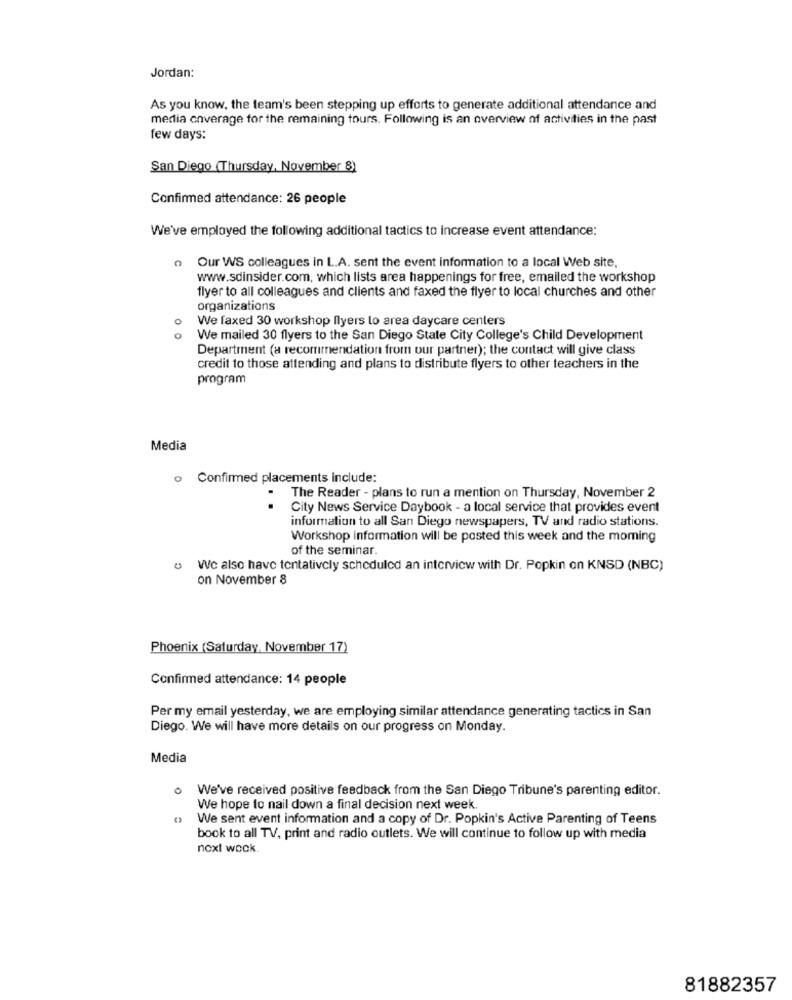
Jordan:
As you know, the team's been stepping up efforts to generate additional attendance and
media coverage for the remaining tours. Following is an overview of activities in the past
few days:
San Diego (Thursday, November 8)
Confirmed attendance: 26 people
We've employed the following additional tactics to increase event attendance:
Our WS colleagues in L.A. sent the event information to a local Web site,
www.sdinsider.com, which lists area happenings for free, emailed the workshop
flyer to all colleagues and clients and faxed the flyer to local churches and other
organizations
We faxed 30 workshop flyers lo area daycare centers
O
0
We mailed 30 flyers to the San Diego State City College's Child Development
Department (a recommendation from our partner); the contact will give class
credit to those attending and plans to distribute flyers to other teachers in the
program
Media
Confirmed placements include:
The Reader - plans to run a mention on Thursday, November 2
City News Service Daybook - a local service that provides event
information to all San Diego newspapers, TV and radio stations.
Workshop information will be posted this week and the moming
of the seminar
0
We also have tentatively scheduled an interview with Dr. Popkin on KNSD (NBC)
on November 8
Phoenix (Saturday, November 17)
Confirmed attendance: 14 people
Per my email yesterday, we are employing similar attendance generating tactics in San
Diego. We will have more details on our progress on Monday.
Media
o
We've received positive feedback from the San Diego Tribune's parenting editor.
We hope to nail down a final decision next week.
We sent event information and a copy of Dr. Popkin's Active Parenting of Teens
book to all TV, print and radio outlets. We will continue to follow up with media
noxt wock
81882357